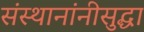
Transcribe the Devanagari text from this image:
संस्थानांनीसुद्धा